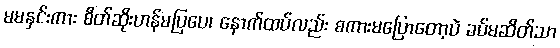
မမနှင်းကား စိတ်ဆိုးဟန်မပြပေ၊ နောက်ထပ်လည်း စကားမပြောတော့ပဲ ခပ်မဆိတ်သာ